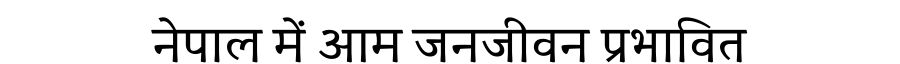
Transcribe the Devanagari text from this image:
नेपाल में आम जनजीवन प्रभावित